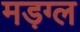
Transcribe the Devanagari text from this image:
मड़ग्ल